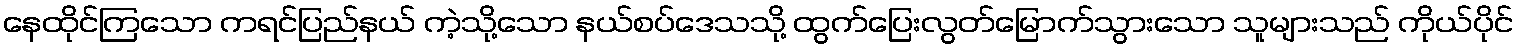
နေထိုင်ကြသော ကရင်ပြည်နယ် ကဲ့သို့သော နယ်စပ်ဒေသသို့ ထွက်ပြေးလွတ်မြောက်သွားသော သူများသည် ကိုယ်ပိုင်